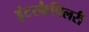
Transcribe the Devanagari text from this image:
इंटरकैपिलरी